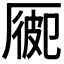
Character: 𠪍